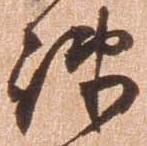
疎